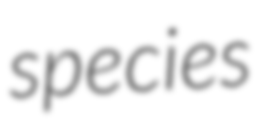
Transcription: species